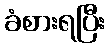
ခံစားရပြီး